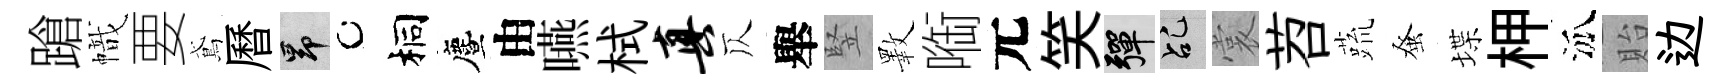
蹌幟要鳶曆昂桐󵨌由嚥栻真仄舉竪斁㗸元笑彈乩裳苕蔬𫊫堞柙泒貽边